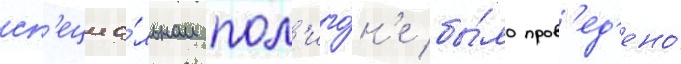
сп'ециа́льном пол'иго́н'е бы́ло пров'ед'ено́